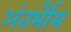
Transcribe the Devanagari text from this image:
अंतर्भौम